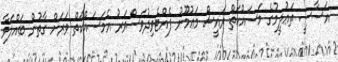
އަސާސީ ތަޢުލީމުގެ މަސައްކަތް ރައީސް މަޢުމޫނު ފެއްޓެވިދުވަސްވަރު އެމަސައްކަތް ވަރަށް ގާތުން ބައްލަވާ